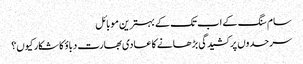
سام سنگ کے اب تک کے بہترین موبائل
سرحدوں پر کشیدگی بڑھانے کا عادی بھارت دباؤ کا شکار کیوں؟